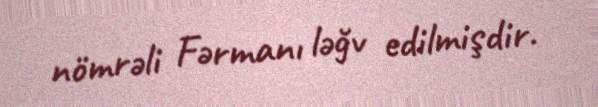
nömrəli Fərmanı ləğv edilmişdir.